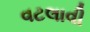
વટલાવી